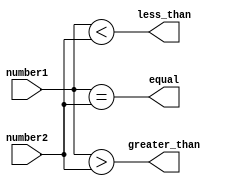
module serial_comparator(
    input [3:0] number1,
    input [3:0] number2,
    output equal,
    output less_than,
    output greater_than
);

assign equal = (number1 == number2);
assign less_than = (number1 < number2);
assign greater_than = (number1 > number2);

endmodule